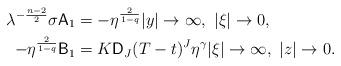
LaTeX: \begin{align*} \lambda^{-\frac{n-2}{2}} \sigma {\sf A}_1 &= - \eta^\frac{2}{1-q} |y|\to\infty,\ |\xi|\to0, \\ - \eta^\frac{2}{1-q} {\sf B}_1 &= K{\sf D}_J (T-t)^J \eta^\gamma |\xi|\to\infty,\ |z|\to0. \end{align*}